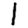
Digit: 1